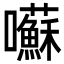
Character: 囌